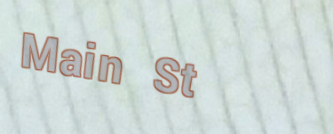
Main St